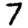
Digit: 7